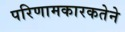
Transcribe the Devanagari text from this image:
परिणामकारकतेने